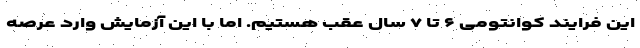
این فرایند کوانتومی ۶ تا ۷ سال عقب هستیم. اما با این آزمایش وارد عرصه